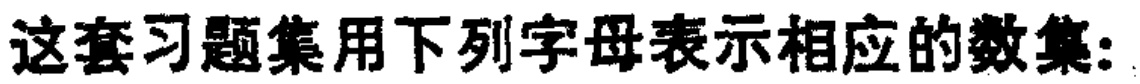
这套习题集用下列字母表示相应的数集: